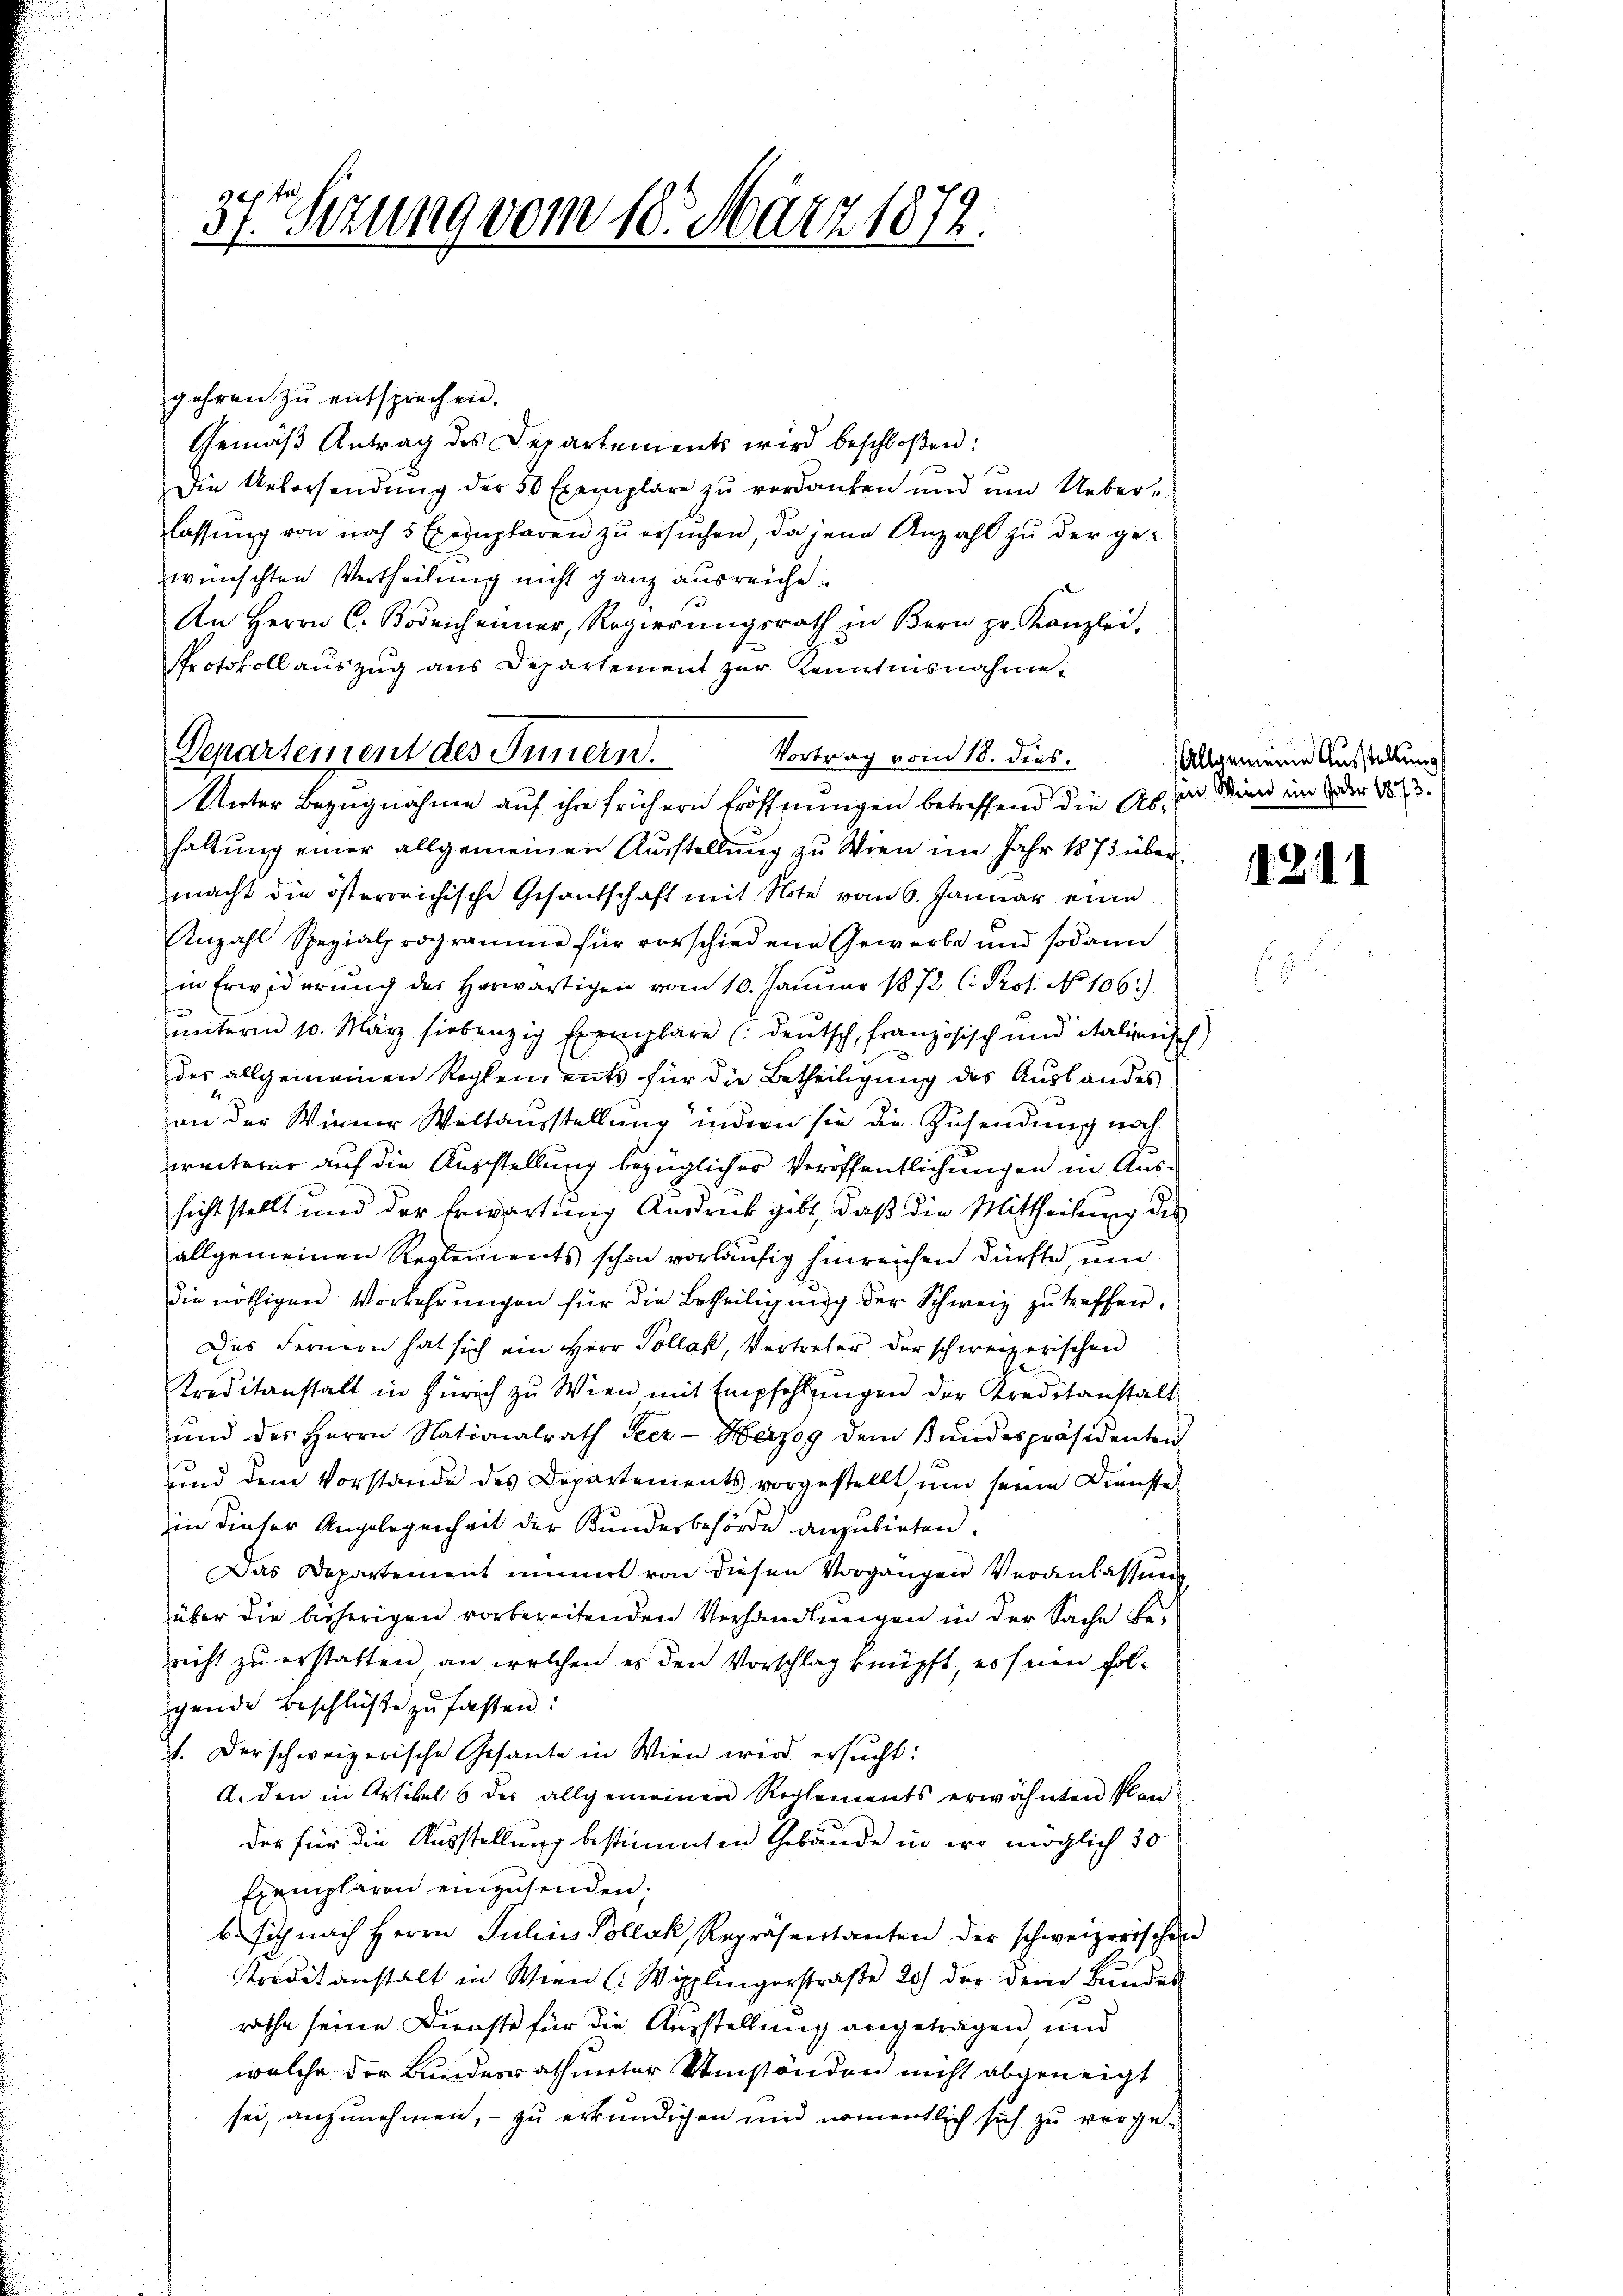
e
37. Sezung vom 18. März 1872.

gehren zŭ entsprechen.
Gemäß Antrag des Departements wird beschloßen:
Die Uebersendŭng der 50 Exemplare zŭ verdanken ŭnd ŭm Ueber-
lassŭng von noch 5 Exemplaren zŭ ersŭchen, da jene Anzahl zu der ge-
wünschten Vertheilung nicht ganz ausreiche
An Herrn C. Bodenheimer, Regierŭngsrath in Bern pr. Kanzlei,
Protokoll auszug aus Departement zur Kenntnisnahme
Vortrag vom 18. dies.
haltung einer allgemeinen Ausstellung zu Wien im Jahr 1873 über
macht die österreichische Gesantschaft mit Note vom 6. Januar eine
Anzahl Spezialprogramme für vorschiedene Gewerbe und sodann
in Erwiderung des herwärtigen vom 10. Januar 1872 C. Prof. No 106.)
unterm 10. März siebenzig Exemplare (deutsch, französisch und italienisch)
des allgemeinen Reglements für die Betheiligung des Auslandes
an der Wiener Weltausstellung indern sie die Zusendung noch
weiterer auf die Ausstellung bezüglicher Veröffentlichungen in Aussicht stellt und der Erwartung Ausdruck gibt, daß die Mittheilung des
allgemeinen Reglements schon vorläufig hinreichen dürfte, um
die nöthigen Vorkehrungen für die Betheiligung der Schweiz zu treffen.
Das Fernern hat sich ein Herr Pollak, Vertreter der schweizerischen
Kreditanstalt in Zürich zu Wien mit Empfehlungen der Kreditanstalt
ŭnd des Herrn Nationalrath Seer- Herzog dem Bŭndespräsidenten
und dem Vorstande des Departements vorgestellt, um seine Dienstel
in dieser Angelegenheit der Kundesbehörde anzubieten.
Das Departement nimal von diesen Vorgängen Veranlassung
über die bisherigen vorbereitenden Verhandlungen in der Sache Bericht zu erstatten, an welchen es den Vorschlag knüpft, es seien folgende Beschlüsse zu fasten.
J. derschweizerische Gesante in Wien wird ersucht:
A. den in Artikel 6 des allgemeinen Reglements erwähnten Plan
der für die Ausstellung bestimmten Gebäude in wo möglich 30
Exemplaren einzusenden;
b. sich nach Herrn Julius Pollak, Repräsentanten der schweizerischen
Preditanstalt in Wien (Wipplingerstraße 20) der dem Bundes
rathe seine Dienste für die Ausstellung angetragen und
welche der Bunderathunter Umständen nicht abgeneigt
sei, anzunehmen, – zu erkundigen und namentlich sich zu verge¬

Departement des Innern.
Unter Bezugnahme auf ihre frühern Eröffnungen betreffend die ab, so wien in der 181

Allgemeine Ausstellung

1241